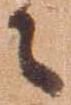
々